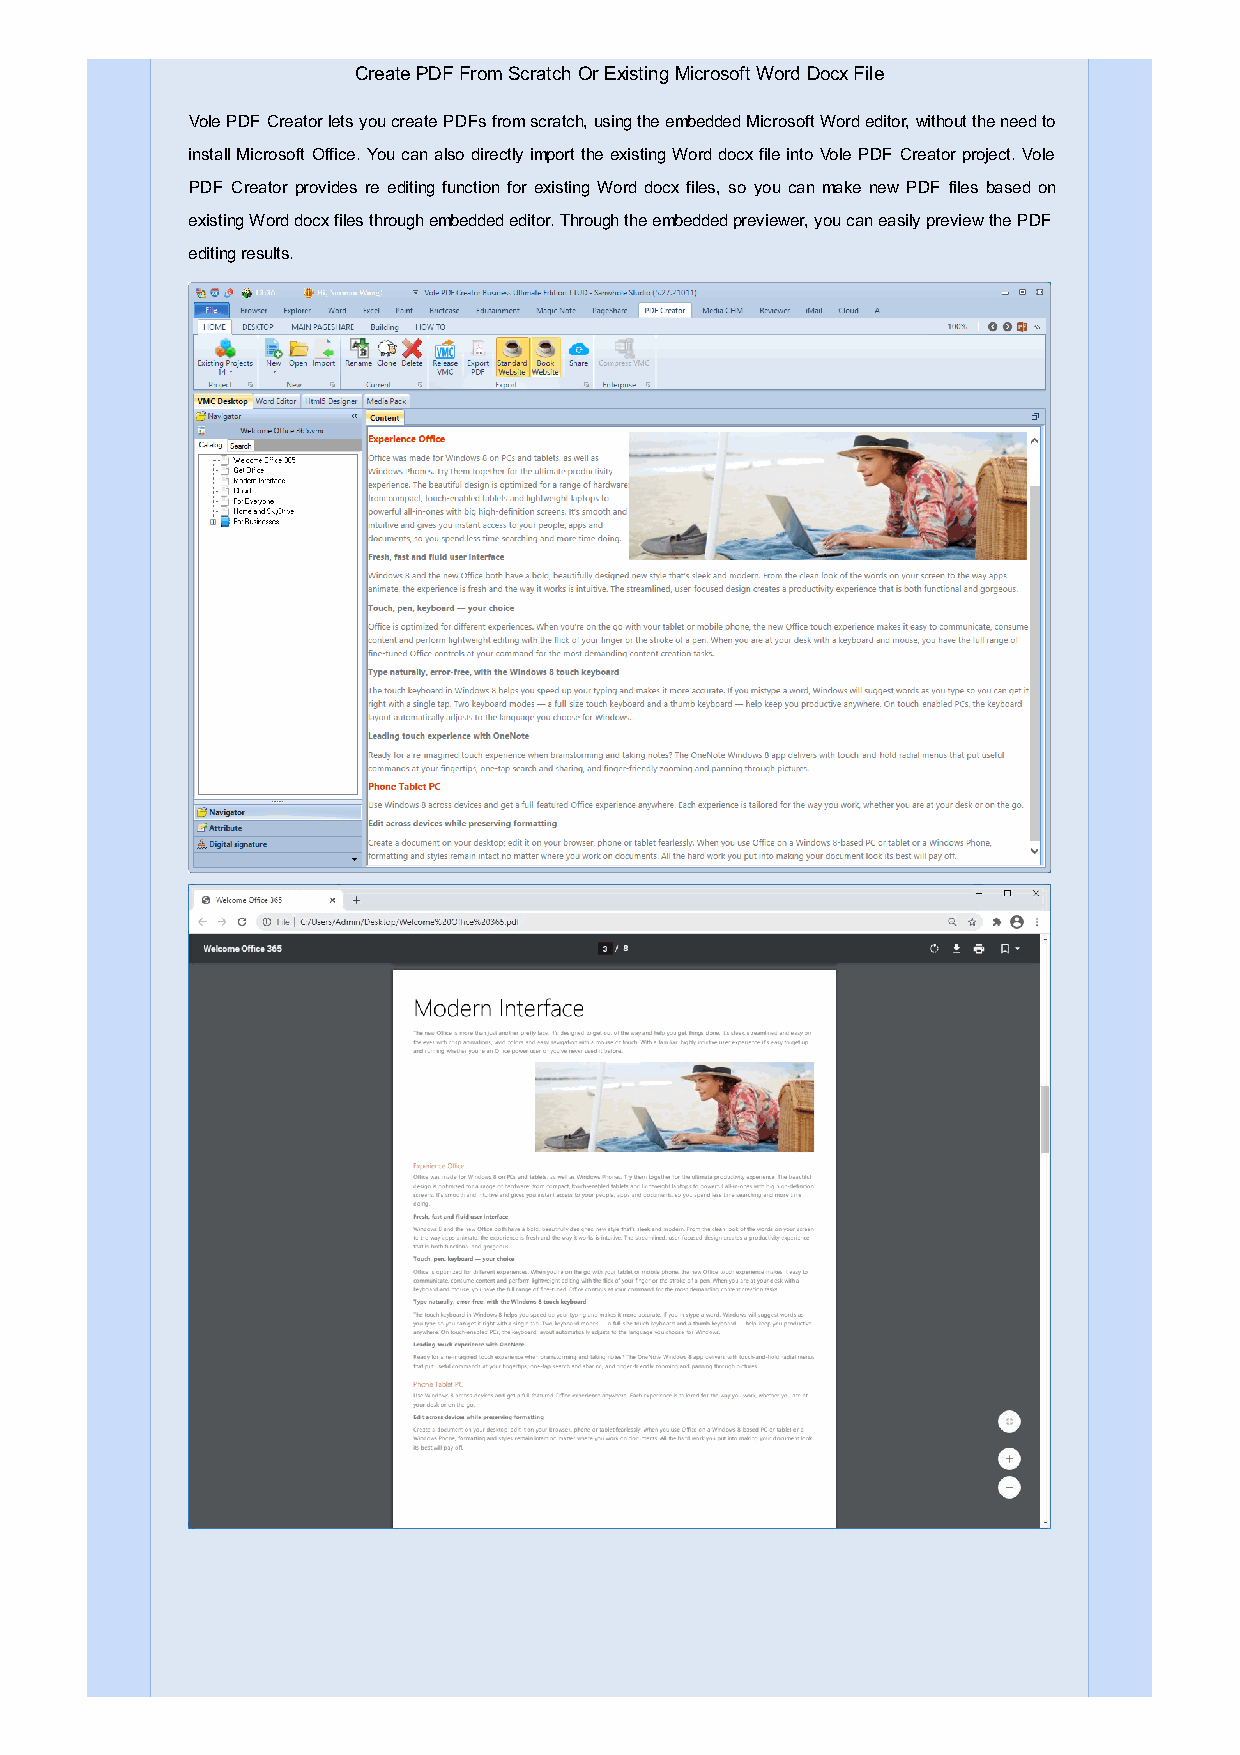
Create PDF From Scratch Or Existing Microsoft Word Docx File
 Vole PDF Creator lets you create PDFs from scratch, using the embedded Microsoft Word editor, without the need to
 install Microsoft Office. You can also directly import the existing Word docx file into Vole PDF Creator project. Vole
 PDF Creator provides re editing function for existing Word docx files, so you can make new PDF files based on
 existing Word docx files through embedded editor. Through the embedded previewer, you can easily preview the PDF
 editing results.